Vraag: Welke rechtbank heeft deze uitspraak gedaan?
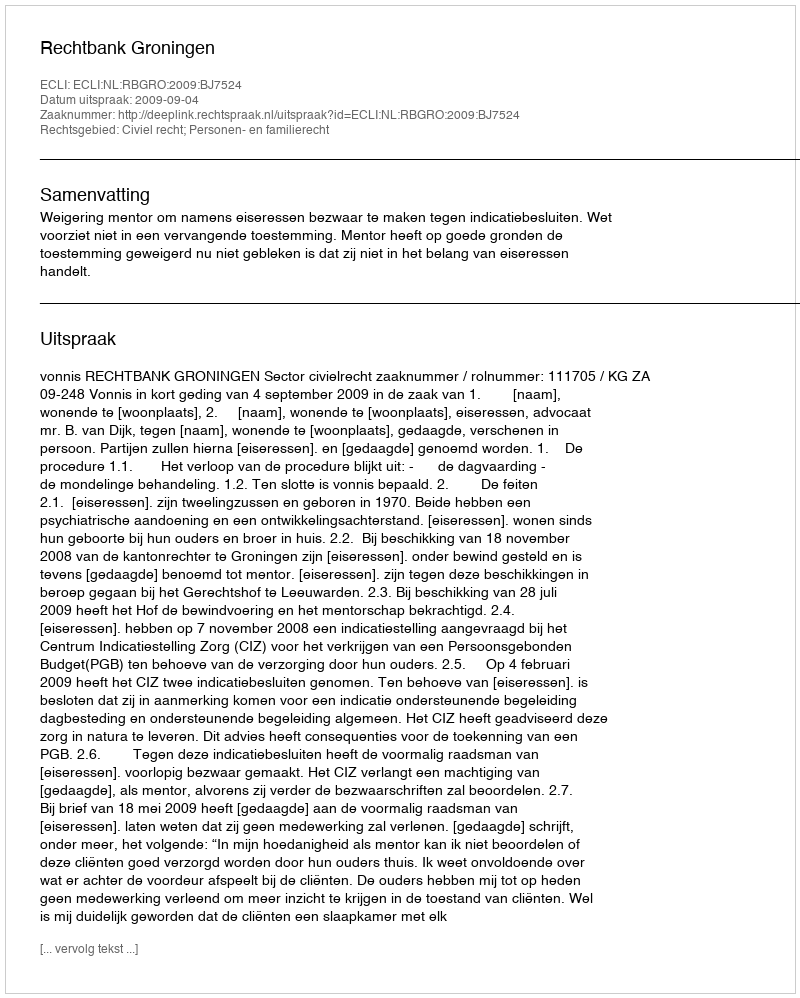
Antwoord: Rechtbank Groningen